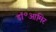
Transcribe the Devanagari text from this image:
डॉ॰आमिर